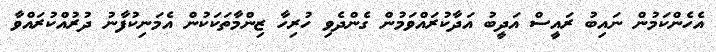
އެހެންކަމުން ނައިބު ރައީސް އަދީބު އަދާކުރައްވަމުން ގެންދެވި ހުރިހާ ޒިންމާތަކަކުން އެމަނިކުފާނު ދުރުއްކުރައްވާ